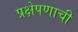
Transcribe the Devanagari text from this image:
प्रक्षेपणाची